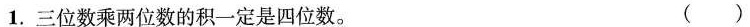
1. 三位数乘两位数的积一定是四位数。 ( )